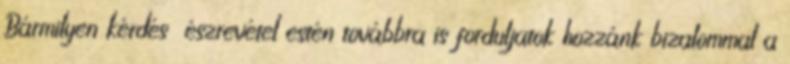
Bármilyen kérdés észrevétel estén továbbra is forduljatok hozzánk bizalommal a